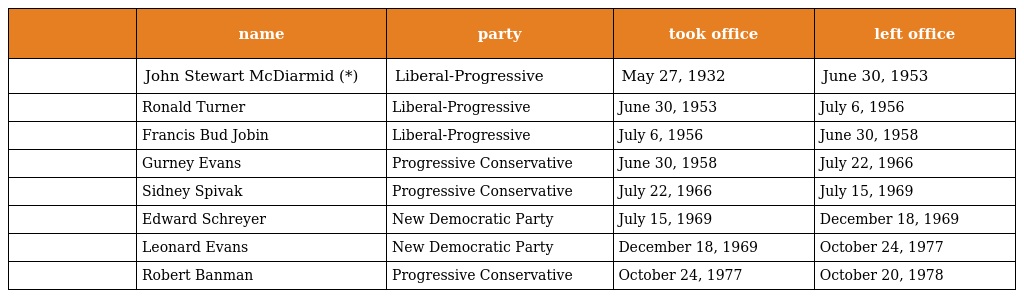
|  | name | party | took office | left office |
 | --- | --- | --- | --- | --- |
 |  | John Stewart McDiarmid (*) | Liberal-Progressive | May 27, 1932 | June 30, 1953 |
 |  | Ronald Turner | Liberal-Progressive | June 30, 1953 | July 6, 1956 |
 |  | Francis Bud Jobin | Liberal-Progressive | July 6, 1956 | June 30, 1958 |
 |  | Gurney Evans | Progressive Conservative | June 30, 1958 | July 22, 1966 |
 |  | Sidney Spivak | Progressive Conservative | July 22, 1966 | July 15, 1969 |
 |  | Edward Schreyer | New Democratic Party | July 15, 1969 | December 18, 1969 |
 |  | Leonard Evans | New Democratic Party | December 18, 1969 | October 24, 1977 |
 |  | Robert Banman | Progressive Conservative | October 24, 1977 | October 20, 1978 |